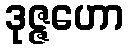
ဒုဇ္ဇဟော